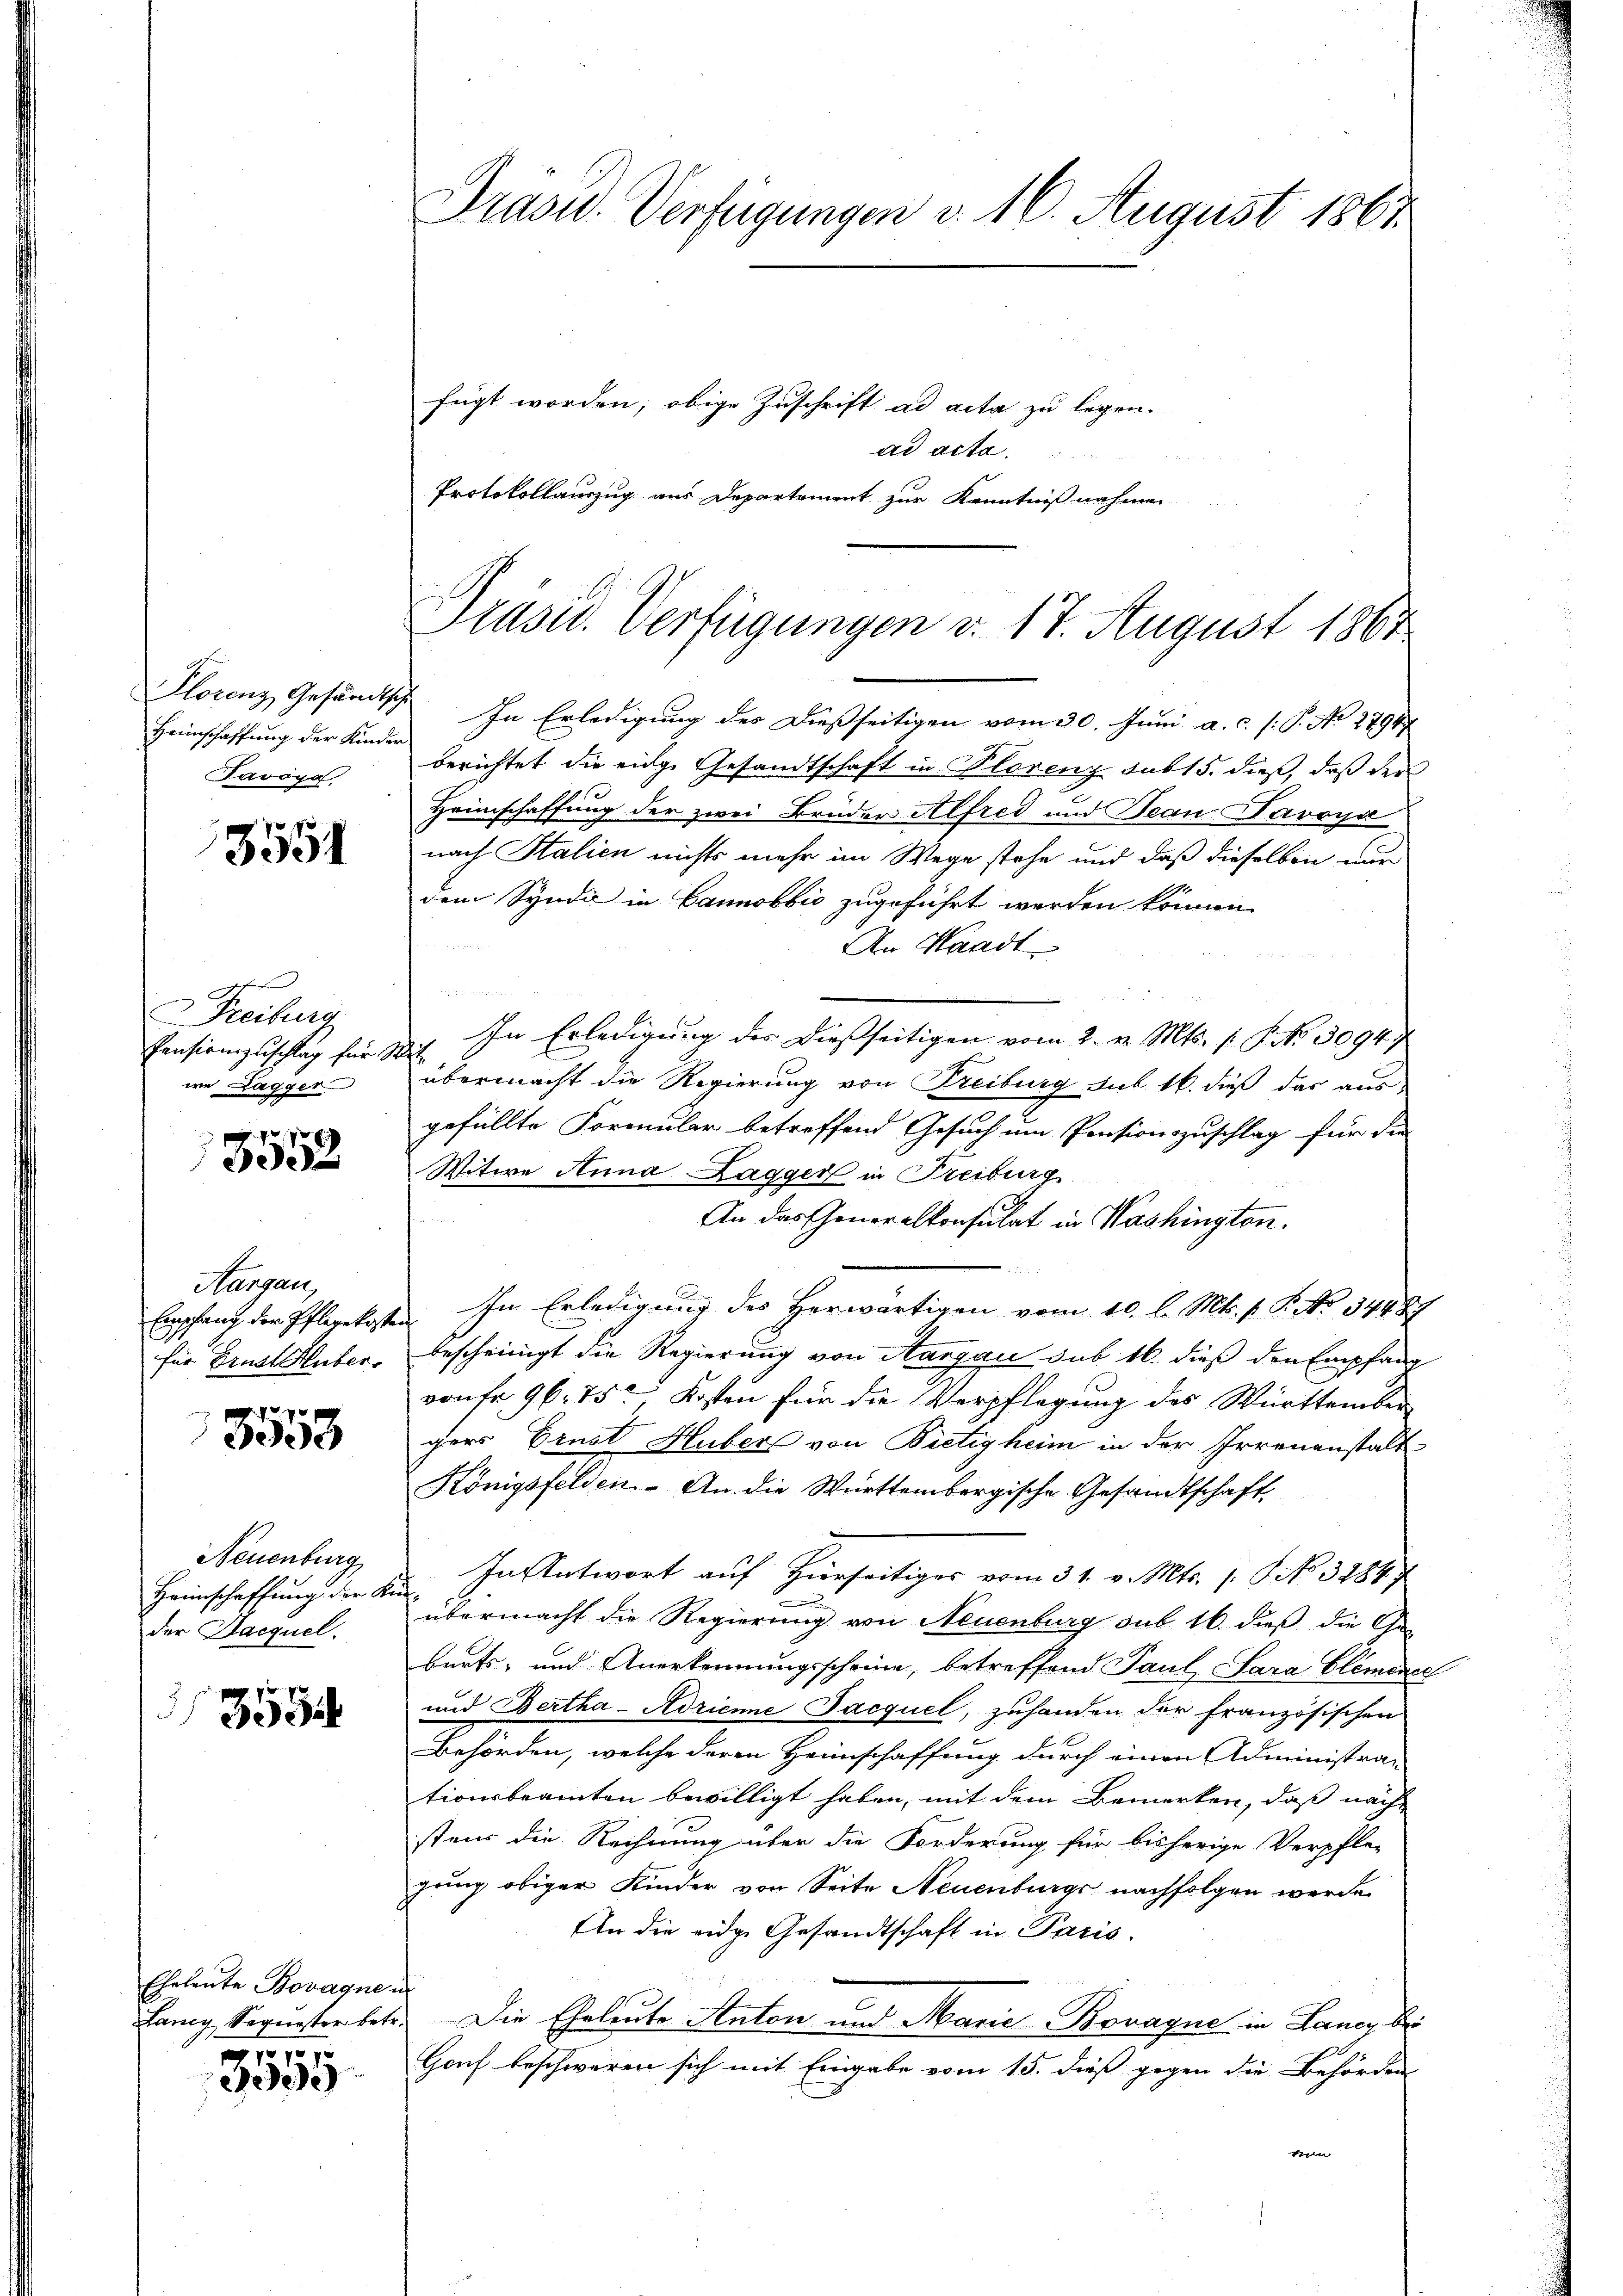
Plorenz Gesandtsch
Heimschaffung der Kinder
Favoya

3551

Freiburg
Pensionszuschlag für
we Lagger

13552

Aargau,
Emschang der Pflegekosten
für Ernst Huber.

3553

Neuenburg
Heimschaffung der Ke
der Jacquel.

3534

Ehrleute Bovagne u
 f 7 x

e

Präsid. Verfügungen d. 16. August 1861
fügt worden, obige Zuschrift ad acta zu legen.

ad acta.
Protokollauszug aus Departement zur Kenntnißnahmen

Präsid. Verfügungen d. 17. August 1867

In Erledigung des Dießseitigen vom 30. Juni a. c. /: P. No 27947
berichtet die eidge Gesandtschaft in Plorenz sub 15. dieß, daß der
Heimschaffung der zwei Brüder Alfred und Jean Davoya
nach Stalien nichts mehr im Wege stehe und daß dieselben wir
dem Syndić in Bannobbio zugeführt werden können.
An Waadt
u
In Erledigung des dießseitigen vom 2. v. Mts. 1. No. 3094.
s
übermacht die Regierung von Freiburg sub 16. dieß das aus
gefüllte Formular betreffend Gesuch um Pensionszuschlag für die
Witwe Anna Lagger in Freiburg
An das Generalkonsulat in Washington.
In Erledigung des Herwärtigen vom 10. l. Mts. p. P. No 34487
bescheinigt die Regierung von Aargau sub 16. dieß den Empfang
von Fr. 96. 75., Kosten für die Verpflegung des Württember
gers Brust Huber von Bietigheim in der Irrenanstalt
Königsfelden- An die Württembergische Gesandtschaft
In Antwort auf Hierseitiges vom 31. v. Mts. No. 32847
¬
übermacht die Regierung von Neuenburg sub 16. dieß die Ge-
burts- und Anerkennungsscheine, betreffend Paul, Sara Clemener
und Bertha-Adricime Jacquel, zuhanden der französischen
Behörden, welche deren Heimschaffung durch einen Administra-
tionsbeamten bewilligt haben, mit dem Bemerken, daß nach
stens die Rechnung über die Forderung für bisherige Verpfle-
gung obiger Kinder von Seite Neuenburgs nachfolgen werde
An die eidge Gesandtschaft in Paris.
fang Sequester betr. Die Eheleute Anton und Marie Bonagne in Laney beri
Gouf beschweren sich mit Eingabe vom 15. dieß gegen die Behörden
von